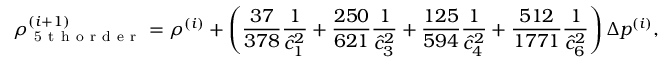
\rho _ { \mathrm { ~ 5 ~ t ~ h ~ o ~ r ~ d ~ e ~ r ~ } } ^ { ( i + 1 ) } = \rho ^ { ( i ) } + \left( \frac { 3 7 } { 3 7 8 } \frac { 1 } { \hat { c } _ { 1 } ^ { 2 } } + \frac { 2 5 0 } { 6 2 1 } \frac { 1 } { \hat { c } _ { 3 } ^ { 2 } } + \frac { 1 2 5 } { 5 9 4 } \frac { 1 } { \hat { c } _ { 4 } ^ { 2 } } + \frac { 5 1 2 } { 1 7 7 1 } \frac { 1 } { \hat { c } _ { 6 } ^ { 2 } } \right) \Delta p ^ { ( i ) } ,